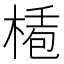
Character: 𣕅